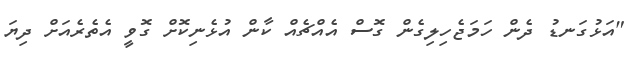
"އަޅުގަނޑު ދެން ހަމަޖެހިލިގެން ގޮސް އެއްޗެއް ކާން އުޅެނިކޮށް ގޮވީ އެތެރެއަށް ދިޔަ